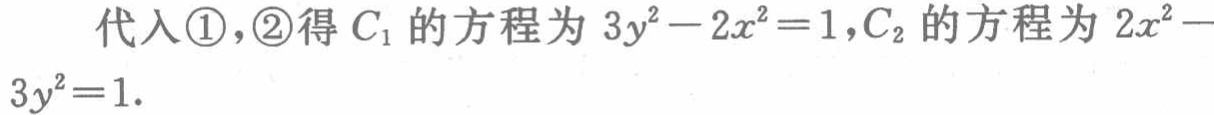
代入\textcircled{1}，\textcircled{2}得 \(C_{1}\) 的方程为 \(3y^{2}-2x^{2}=1\)，\(C_{2}\) 的方程为 \(2x^{2}-3y^{2}=1\).